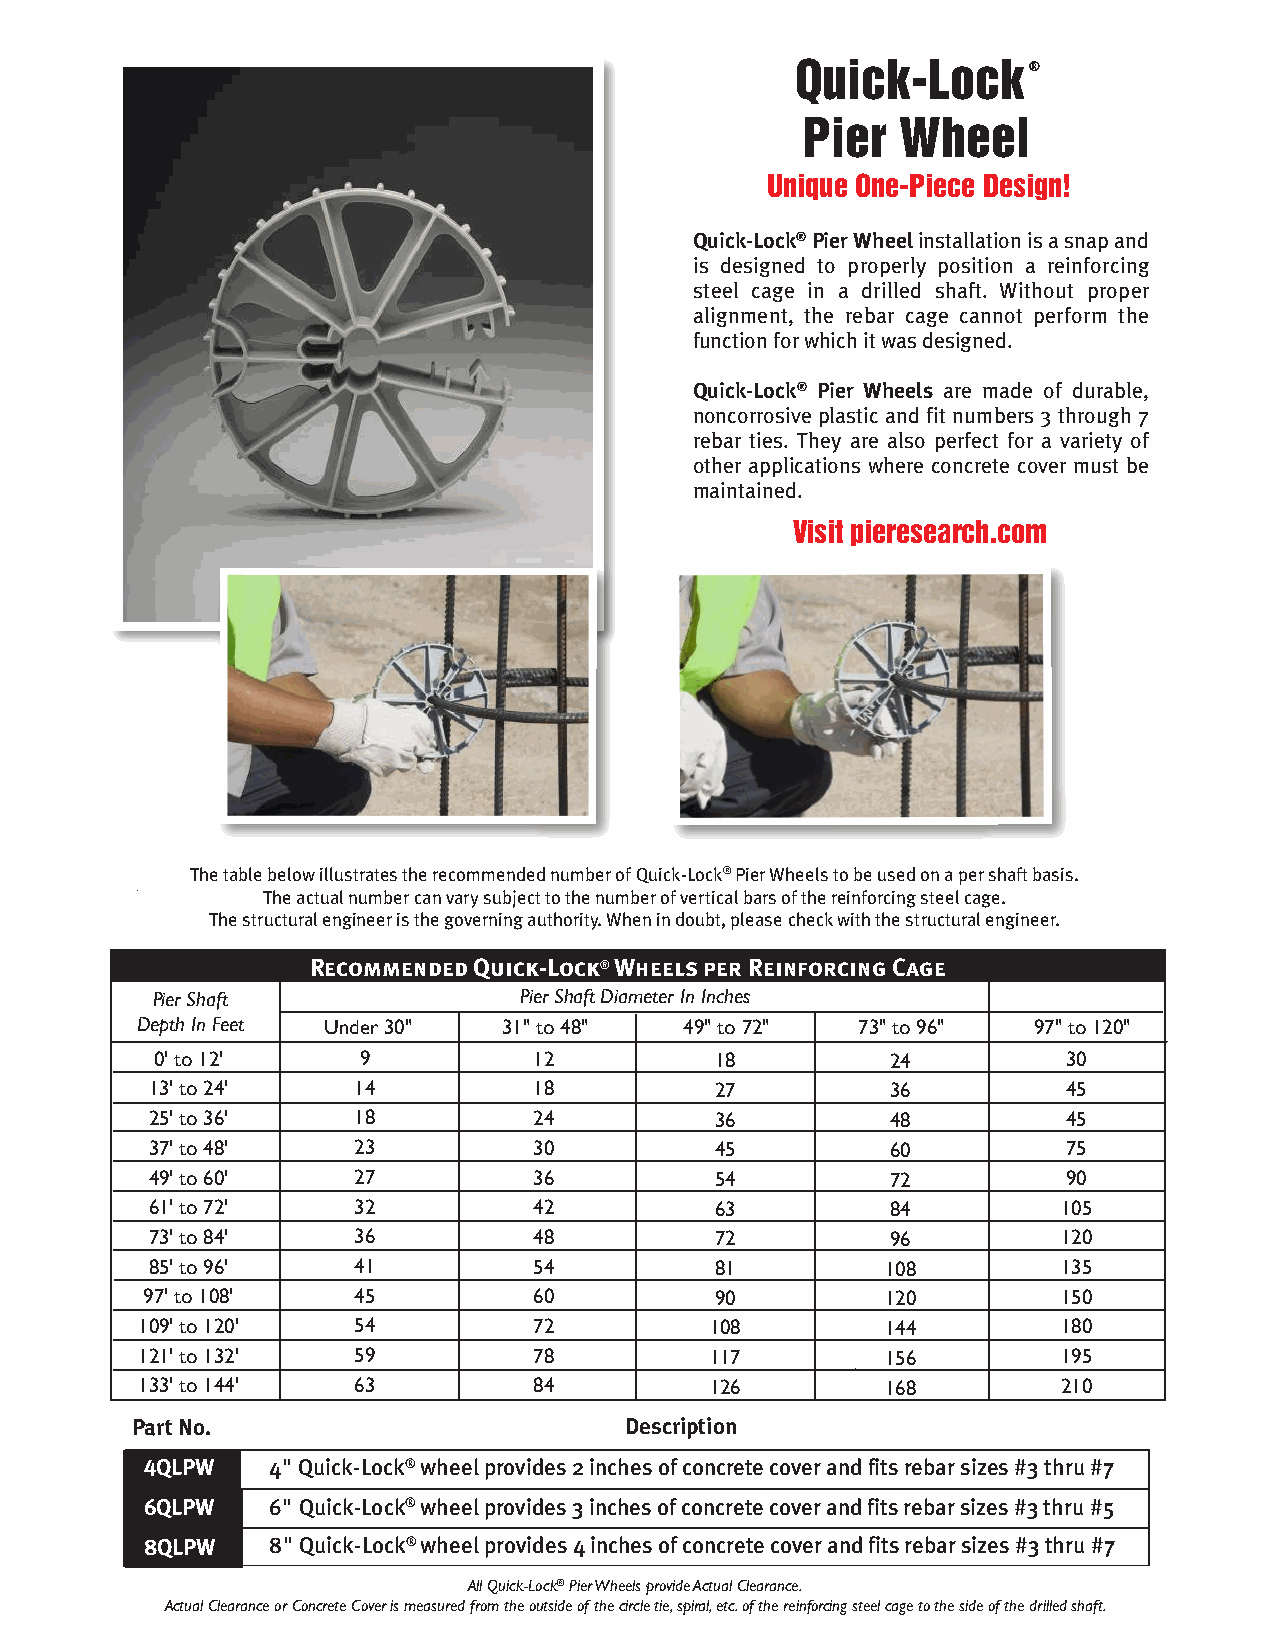
Quick-Lock     ®
 Pier   Wheel
 Unique One-Piece Design!
 Quick-Lock® Pier Wheel installation is a snap and
 is designed to properly position a reinforcing
 steel cage in a drilled shaft. Without proper
 alignment, the rebar cage cannot perform the
 function for which it was designed.
 Quick-Lock® Pier Wheels are made of durable,
 noncorrosive plastic and fit numbers 3 through 7
 rebar ties. They are also perfect for a variety of
 other applications where concrete cover must be
 maintained.
 Visit pieresearch.com
 The table below illustrates the recommended number of Quick-Lock® Pier Wheels to be used on a per shaft basis.
 The actual number can vary subject to the number of vertical bars of the reinforcing steel cage.
 The structural engineer is the governing authority. When in doubt, please check with the structural engineer.
 Recommended Quick-Lock® Wheels per Reinforcing Cage
 Pier Shaft              Pier Shaft Diameter In Inches
 Depth In Feet Under 30" 31" to 48"  49" to 72"  73" to 96" 97" to 120"
 0' to 12'     9          12          18          24          30
 13' to 24'   14          18          27          36          45
 25' to 36'   18          24          36          48          45
 37' to 48'   23          30          45          60          75
 49' to 60'   27          36          54          72          90
 61' to 72'   32          42          63          84         105
 73' to 84'   36          48          72          96         120
 85' to 96'   41          54          81          108        135
 97' to 108'   45          60          90          120        150
 109' to 120'  54          72          108         144        180
 121' to 132'  59          78          117         156        195
 133' to 144'  63          84          126         168        210
 Part No.                        Description
 4QLPW   4" Quick-Lock® wheel provides 2 inches of concrete cover and fits rebar sizes #3 thru #7
 6QLPW   6" Quick-Lock® wheel provides 3 inches of concrete cover and fits rebar sizes #3 thru #5
 8QLPW   8" Quick-Lock® wheel provides 4 inches of concrete cover and fits rebar sizes #3 thru #7
 All Quick-Lock® Pier Wheels provide Actual Clearance.
 Actual Clearance or Concrete Cover is measured from the outside of the circle tie, spiral, etc. of the reinforcing steel cage to the side of the drilled shaft.